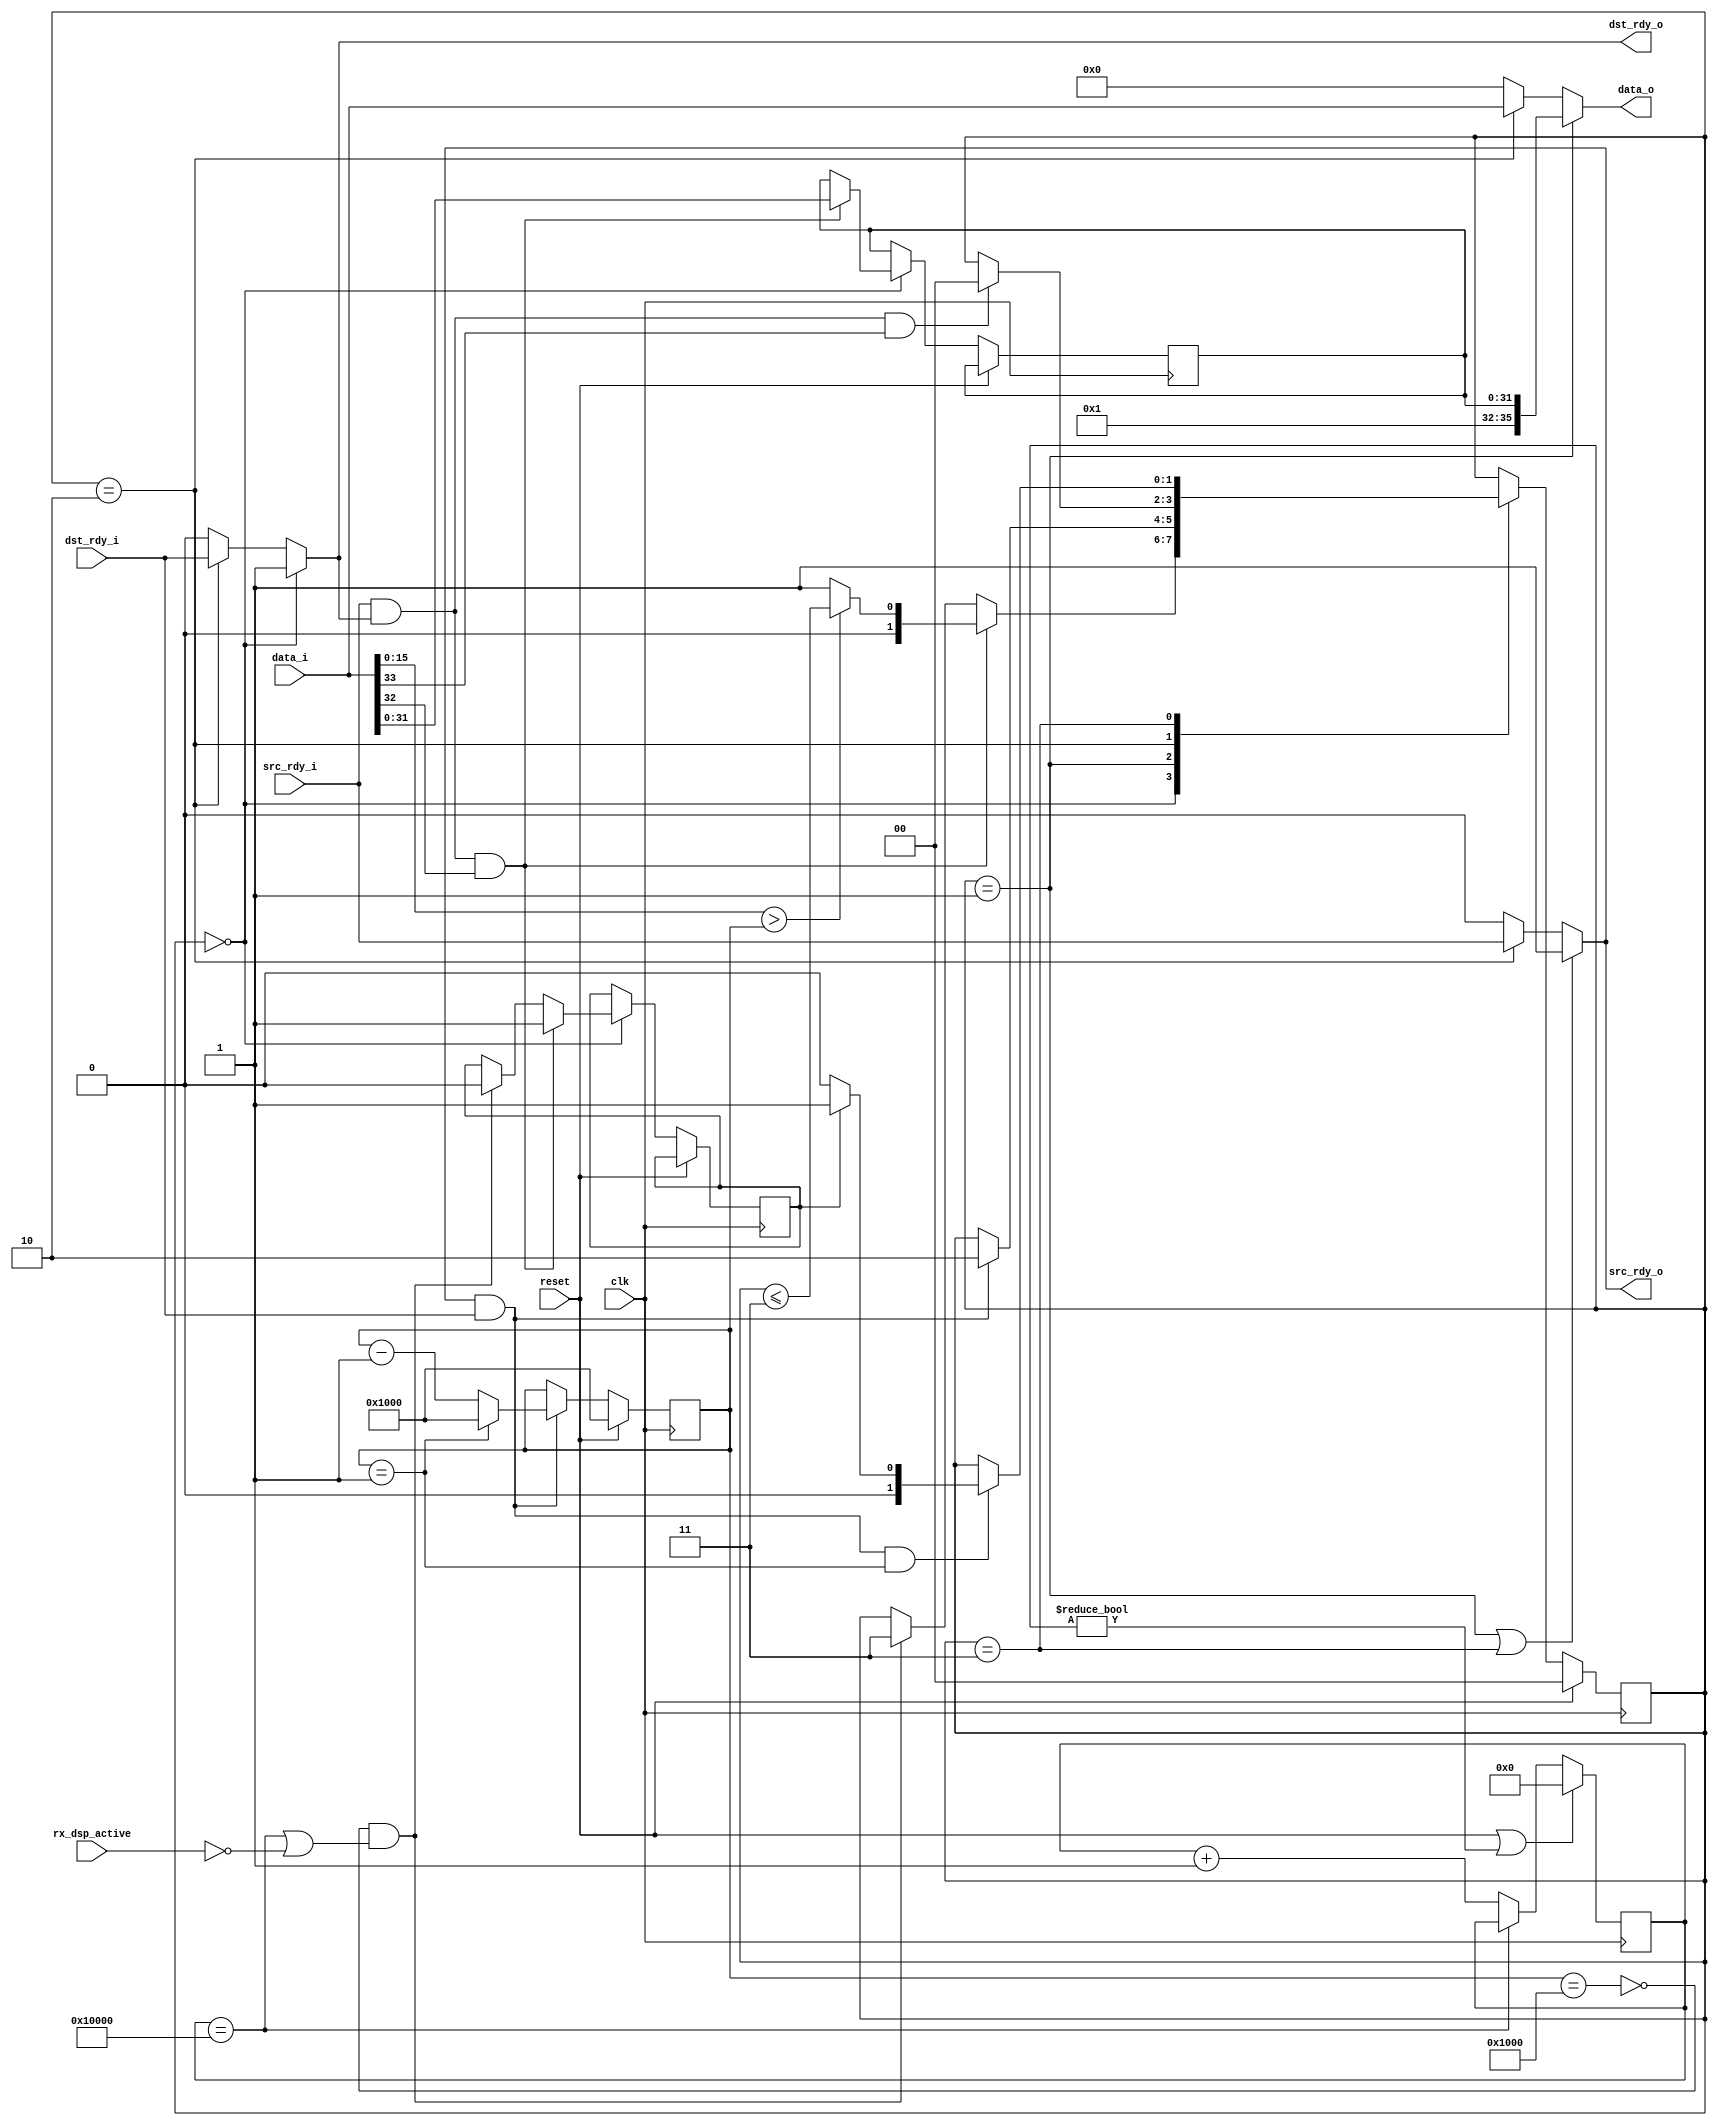
//
// Copyright 2011-2012 Ettus Research LLC
//
// This program is free software: you can redistribute it and/or modify
// it under the terms of the GNU General Public License as published by
// the Free Software Foundation, either version 3 of the License, or
// (at your option) any later version.
//
// This program is distributed in the hope that it will be useful,
// but WITHOUT ANY WARRANTY; without even the implied warranty of
// MERCHANTABILITY or FITNESS FOR A PARTICULAR PURPOSE.  See the
// GNU General Public License for more details.
//
// You should have received a copy of the GNU General Public License
// along with this program.  If not, see <http://www.gnu.org/licenses/>.
//

// The packet padder 36 for use with slave fifo32
// Packet padder understands the concept of LUTs,
// and will forward packets through the interface,
// adding zero padding as needed to properly flush.
// The padder will never write a packet across a LUT boundary.
// When flushing, padder writes out zeros until the LUT boundary.
// Requires that the input line0 be a VITA header, and SOF set.
// Flush when the LUT is partially filled and timeout is reached,
// or when the LUT is partially filled and the DSP is inactive.

module packet_padder36
#(
    parameter RX_IDLE_FLUSH_CYCLES = 65536, //about 1ms at 64MHz clock
    parameter MAX_LUT_LINES32 = 4096 //how many 32bit lines in a LUT
)
(
    input clk, input reset,
    input [35:0] data_i,
    input src_rdy_i,
    output dst_rdy_o,
    output [35:0] data_o,
    output src_rdy_o,
    input dst_rdy_i,
    input rx_dsp_active
);

    //state machine definitions
    localparam STATE_READ_HDR = 0;
    localparam STATE_WRITE_HDR = 1;
    localparam STATE_FORWARD = 2;
    localparam STATE_WRITE_PAD = 3;
    reg [1:0] state;

    //keep track of the outgoing lines
    reg [15:0] line_count;
    wire line_count_done = line_count == 1;
    wire lut_is_empty = line_count == MAX_LUT_LINES32;
    always @(posedge clk) begin
        if (reset) begin
            line_count <= MAX_LUT_LINES32;
        end
        else if (src_rdy_o && dst_rdy_i) begin
            line_count <= (line_count_done)? MAX_LUT_LINES32 : line_count - 1;
        end
    end

    //count the number of cycles since RX data so we can force a flush
    reg [17:0] non_rx_cycles;
    wire idle_timeout = (non_rx_cycles == RX_IDLE_FLUSH_CYCLES);
    always @(posedge clk) begin
        if(reset || state != STATE_READ_HDR) begin
            non_rx_cycles <= 0;
        end
        else if (~idle_timeout) begin
            non_rx_cycles <= non_rx_cycles + 1;
        end
    end

    //flush when we have written data to a LUT and either idle or non active DSP
    wire force_flush = ~lut_is_empty && (idle_timeout || ~rx_dsp_active);

    //the padding state machine
    reg [31:0] vita_hdr;
    reg has_vita_hdr;
    always @(posedge clk) begin
        if (reset) begin
            state <= STATE_READ_HDR;
        end
        else case(state)

        STATE_READ_HDR: begin
            if (src_rdy_i && dst_rdy_o && data_i[32]) begin
                vita_hdr <= data_i[31:0];
                has_vita_hdr <= 1;
                state <= (data_i[15:0] > line_count)? state <= STATE_WRITE_PAD : STATE_WRITE_HDR;
            end
            else if (force_flush) begin
                has_vita_hdr <= 0;
                state <= STATE_WRITE_PAD;
            end
        end

        STATE_WRITE_HDR: begin
            if (src_rdy_o && dst_rdy_i) begin
                state <= STATE_FORWARD;
            end
        end

        STATE_FORWARD: begin
            if (src_rdy_i && dst_rdy_o && data_i[33]) begin
                state <= STATE_READ_HDR;
            end
        end

        STATE_WRITE_PAD: begin
            if (src_rdy_o && dst_rdy_i && line_count_done) begin
                state <= (has_vita_hdr)? STATE_WRITE_HDR : STATE_READ_HDR;
            end
        end

        endcase //state
    end

    //assign outgoing signals
    assign dst_rdy_o = (state == STATE_READ_HDR)? 1 : ((state == STATE_FORWARD)? dst_rdy_i : 0);
    assign src_rdy_o = (state == STATE_WRITE_HDR || state == STATE_WRITE_PAD)? 1 : ((state == STATE_FORWARD )? src_rdy_i : 0);
    assign data_o = (state == STATE_WRITE_HDR)? {4'b0001, vita_hdr} : ((state == STATE_FORWARD)? data_i : 0);

endmodule // packet_padder36